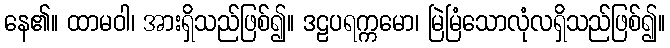
နေ၏။ ထာမဝါ၊ အားရှိသည်ဖြစ်၍။ ဒဠပရက္ကမော၊ မြဲမြံသောလုံလရှိသည်ဖြစ်၍။